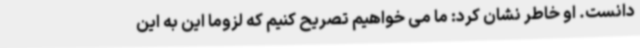
دانست. او خاطر نشان کرد: ما می خواهیم تصریح کنیم که لزوما این به این